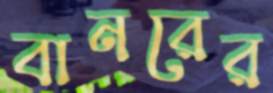
বানরের